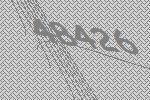
48426